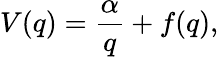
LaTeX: V(q)=\frac{\alpha}{q}+f(q),